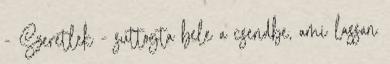
- Szeretlek - suttogta bele a csendbe, ami lassan